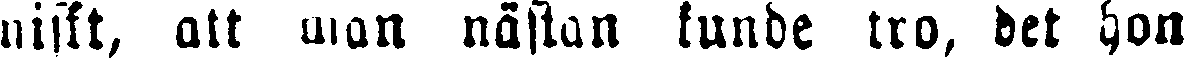
niskt, att man nästan kunde tro, det hon